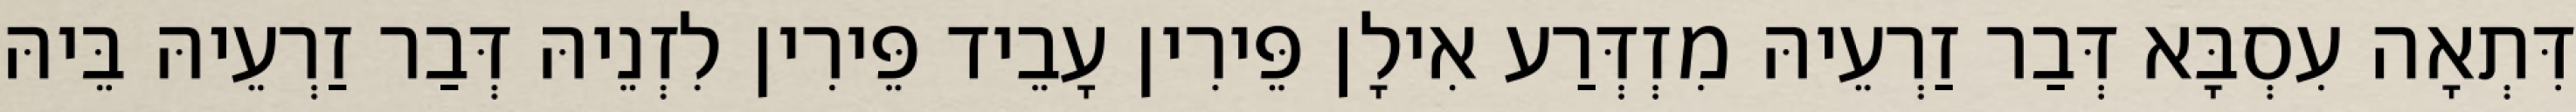
דִּתְאָה עִסְבָּא דְּבַר זַרְעֵיהּ מִזְדְּרַע אִילָן פֵּירִין עָבֵיד פֵּירִין לִזְנֵיהּ דְּבַר זַרְעֵיהּ בֵּיהּ